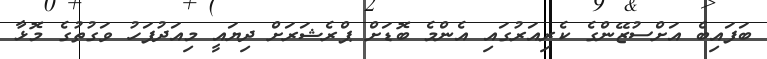
ބަފައިބެ އަށްސުޒޭންގެ ކެރިއަރުގައި އެންމެ ބޮޑަށް ޕްރެޝަރަށް ދިޔައީ މިއަދުފަހު ވަގުތުގެ މޮޅާ